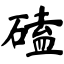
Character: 磕